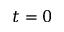
t = 0